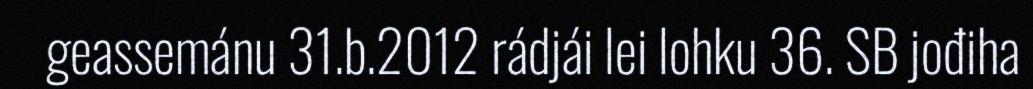
geassemánu 31.b.2012 rádjái lei lohku 36. SB jođiha